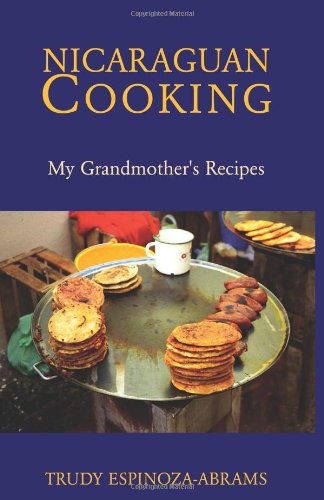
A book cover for Nicaraguan Cooking: My Grandmother's Recipes; Trudy Espinoza-Abrams; Cookbooks, Food & Wine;